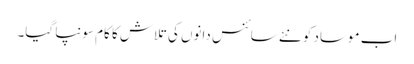
اب موساد کو نئے سائنس دانوں کی تلاش کا کام سونپا گیا۔